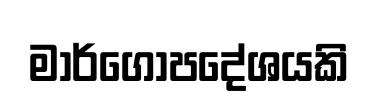
මාර්ගෝපදේශයකි